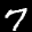
Label: 7